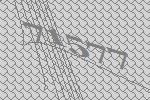
71577